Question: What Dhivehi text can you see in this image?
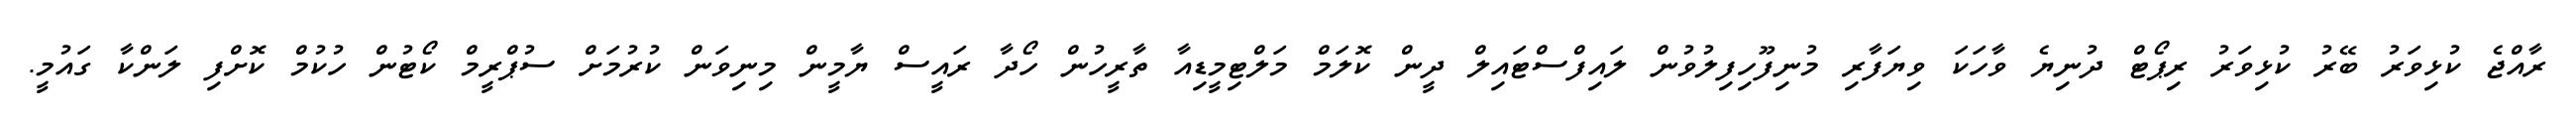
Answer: ރާއްޖެ ކުޅިވަރު ބޭރު ކުޅިވަރު ރިޕޯޓް ދުނިޔެ ވާހަކަ ވިޔަފާރި މުނިފޫހިފިލުވުން ލައިފްސްޓައިލް ދީން ކޮލަމް މަލްޓިމީޑިއާ ތާރީހުން ހޯދާ ރައީސް ޔާމީން މިނިވަން ކުރުމަށް ސުޕްރީމް ކޯޓުން ހުކުމް ކޮށްފި ލަންކާ ގައުމީ.